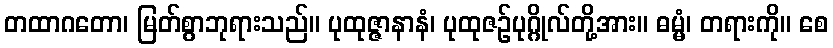
တထာဂတော၊ မြတ်စွာဘုရားသည်။ ပုထုဇ္ဇာနာနံ၊ ပုထုဇဉ်ပုဂ္ဂိုလ်တို့အား။ ဓမ္မံ၊ တရားကို။ စေ